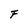
Character: F